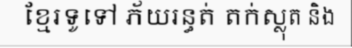
ខ្មែរទូទៅ ភ័យរន្ធត់ តក់ស្លុត និង